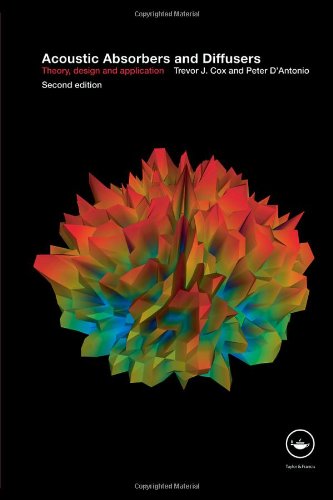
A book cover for Acoustic Absorbers and Diffusers: Theory, Design and Application; Trevor J. Cox; Arts & Photography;